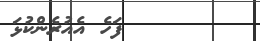
٩        ފަހެ އެއުރެންކުޅަ